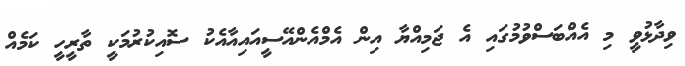
ވިދާޅުވީ މި އެއްބަސްވުމުގައި އެ ޖަމިއްޔާ އިން އެމްއެންއޭސީއައިއާއެކު ސޮއިކުރުމަކީ ތާރީހީ ކަމެއް